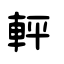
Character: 軯